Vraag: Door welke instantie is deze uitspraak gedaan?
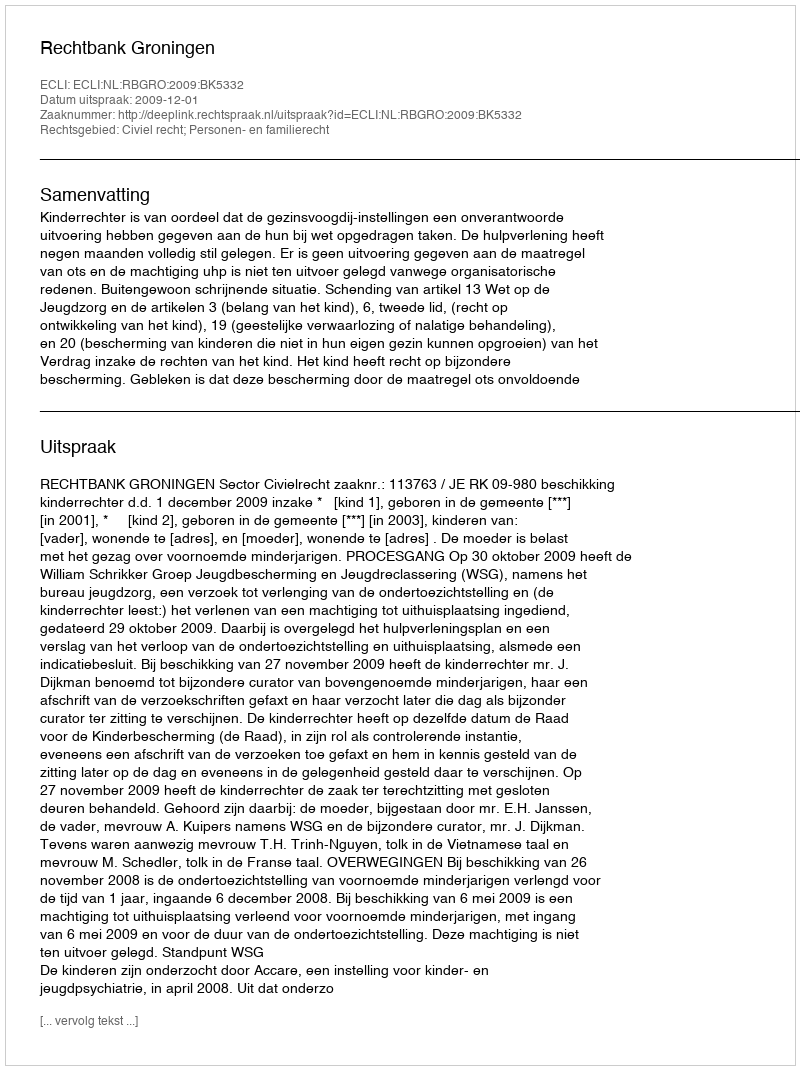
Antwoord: Rechtbank Groningen